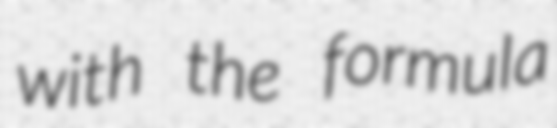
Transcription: with the formula